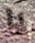
يا